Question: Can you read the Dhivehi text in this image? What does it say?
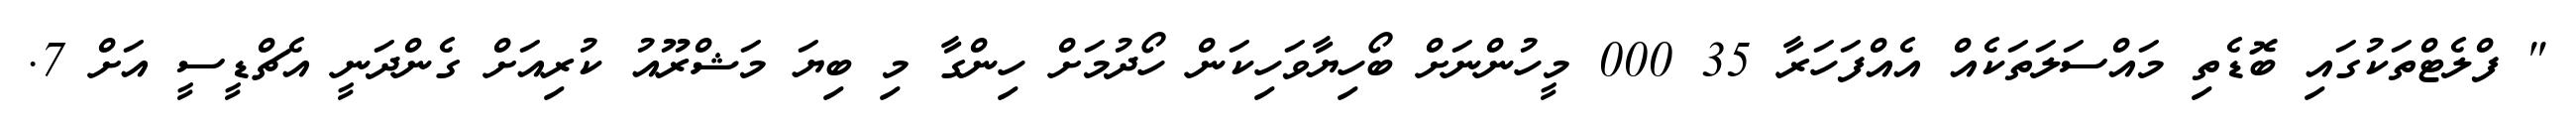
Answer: " ފްލެޓްތަކުގައި ބޮޑެތި މައްސަލަތަކެއް އެއްފަހަރާ 35 000 މީހުންނަށް ބޯހިޔާވަހިކަން ހޯދުމަށް ހިންގާ މި ބިޔަ މަޝްރޫއު ކުރިއަށް ގެންދަނީ އެޗްޑީސީ އަށް 7.